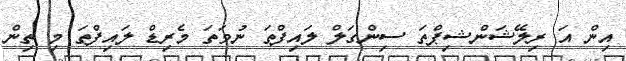
އިން އަ ރިލޭޝަންޝިޕްތަ ސިންގަލް ލައިފްތަ ނުވަތަ މެރިޑް ލައިފްތަ މި ތިން